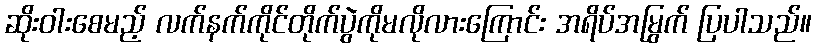
ဆိုးဝါးစေမည့် လက်နက်ကိုင်တိုက်ပွဲကိုမလိုလားကြောင်း အရိပ်အမြွက် ပြပါသည်။